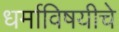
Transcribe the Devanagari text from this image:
धर्माविषयीचे